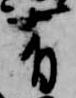
有